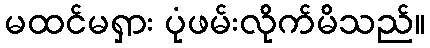
မထင်မရှား ပုံဖမ်းလိုက်မိသည်။